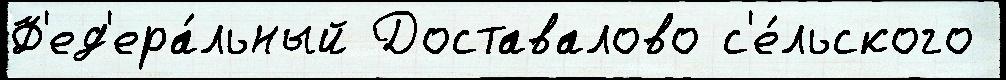
Ф'ед'ера́льный Доставалово с'е́льского